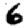
Digit: 6